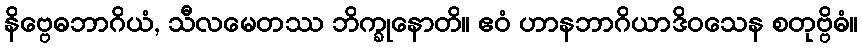
နိဗ္ဗေဓဘာဂိယံ, သီလမေတဿ ဘိက္ခုနောတိ။ ဧဝံ ဟာနဘာဂိယာဒိဝသေန စတုဗ္ဗိဓံ။